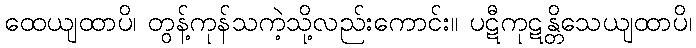
ထေယျထာပိ၊ တွန့်ကုန်သကဲ့သို့လည်းကောင်း။ ပဋီကုဋန္တိသေယျထာပိ၊